Vaccination report Assam 1896-1927 - 1896-1927
Year: 1896
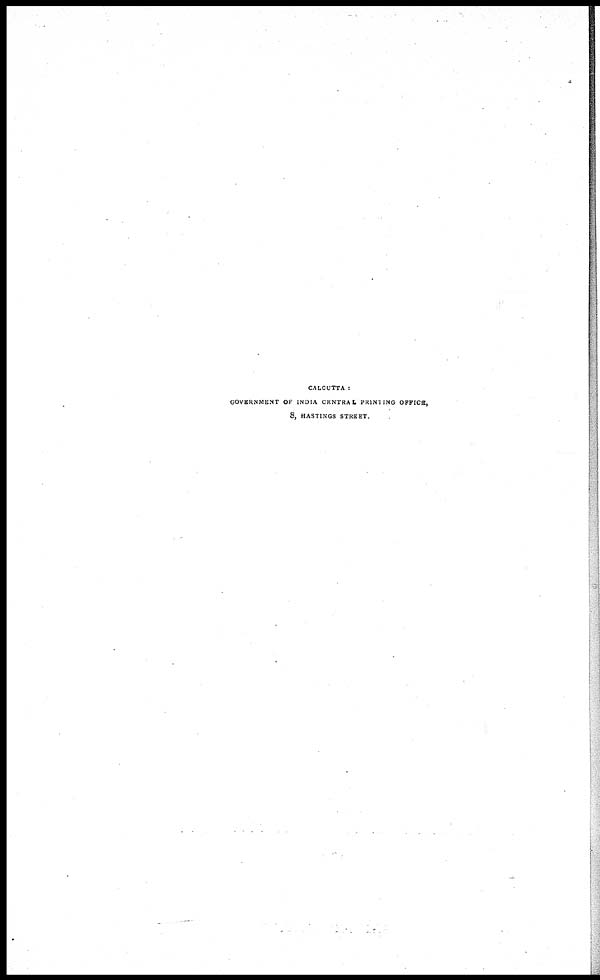
CALCUTTA :
GOVERNMENT OF INDIA CENTRAL PRINTING OFFICE,
8, HASTINGS STREET.